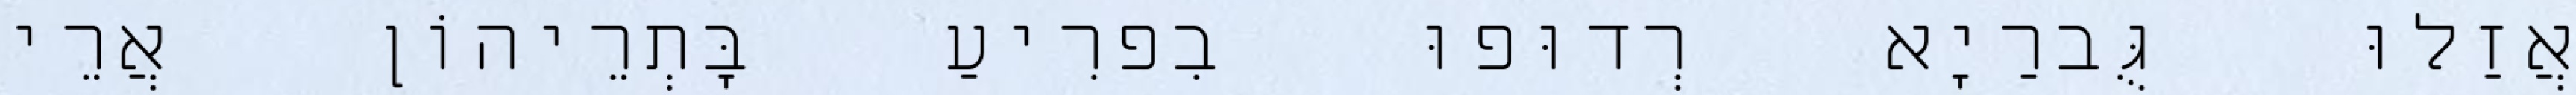
אֲזַלוּ גֻּברַיָא רְדוּפוּ בִפרִיעַ בָּתְרֵיהוֹן אֲרֵי